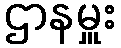
ဌာနမှူး